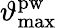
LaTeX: \vartheta_{\mathrm{max}}^{\mathrm{pw}}